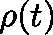
\mathbf { \rho } ( t )